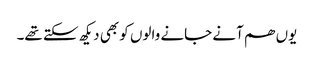
یوں ھم آنے جانے والوں کو بھی دیکھ سکتے تھے۔